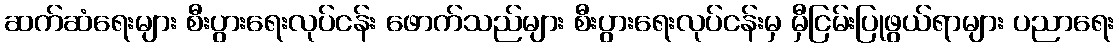
ဆက်ဆံရေးများ စီးပွားရေးလုပ်ငန်း ဖောက်သည်များ စီးပွားရေးလုပ်ငန်းမှ မှီငြမ်းပြုဖွယ်ရာများ ပညာရေး